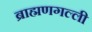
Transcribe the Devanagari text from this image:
ब्राह्मणगल्ली